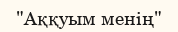
"Аққуым менің"